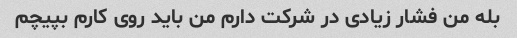
بله من فشار زیادی در شرکت دارم من باید روی کارم بپیچم